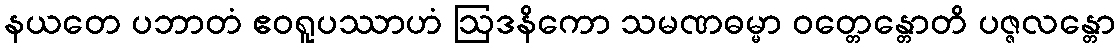
နယတေ ပဘာတံ ဧဝရူပဿာဟံ ဩဒနိကော သမဏဓမ္မာ ဝတ္တေန္တောတိ ပဇ္ဇလန္တော